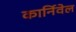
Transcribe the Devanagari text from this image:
कार्निवेल